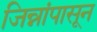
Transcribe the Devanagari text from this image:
जिन्नांपासून